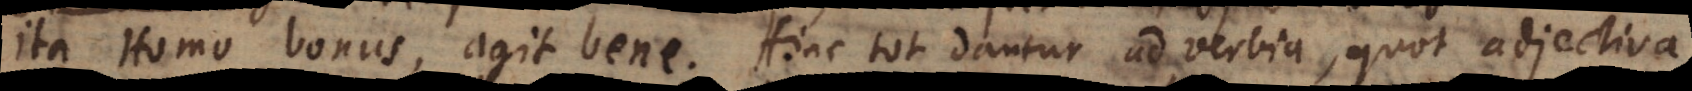
Ita Homo bonus, agit bene. Hinc tot dantur adverbia, quot adjectiva.